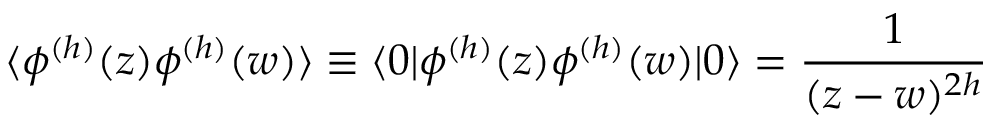
\langle \phi ^ { ( h ) } ( z ) \phi ^ { ( h ) } ( w ) \rangle \equiv \langle 0 | \phi ^ { ( h ) } ( z ) \phi ^ { ( h ) } ( w ) | 0 \rangle = \frac { 1 } { ( z - w ) ^ { 2 h } }